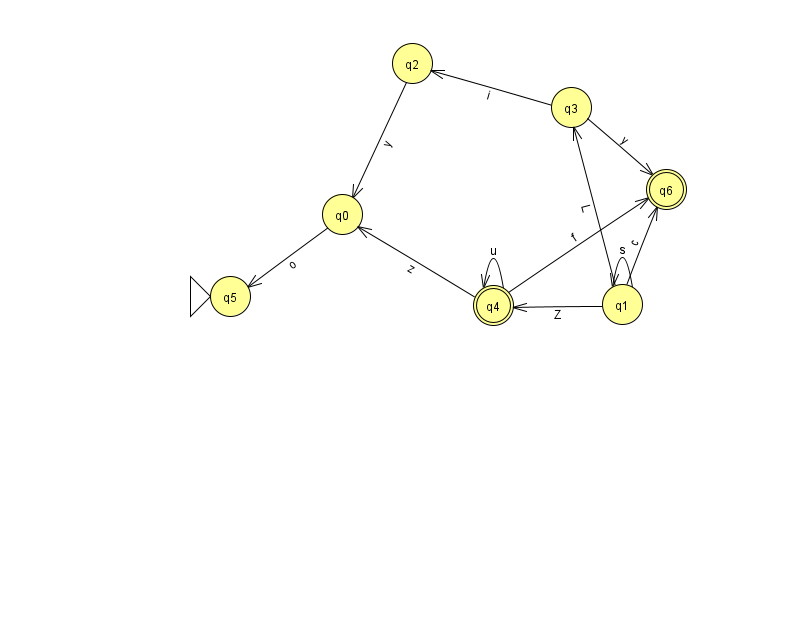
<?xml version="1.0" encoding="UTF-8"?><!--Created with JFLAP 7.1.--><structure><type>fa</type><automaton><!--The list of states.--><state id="0" name="q0"><x>342.0</x><y>201.0</y></state><state id="1" name="q1"><x>622.0</x><y>291.0</y></state><state id="2" name="q2"><x>412.0</x><y>50.0</y></state><state id="3" name="q3"><x>571.0</x><y>94.0</y></state><state id="4" name="q4"><x>493.0</x><y>292.0</y><final/></state><state id="5" name="q5"><x>230.0</x><y>283.0</y><initial/></state><state id="6" name="q6"><x>666.0</x><y>176.0</y><final/></state><!--The list of transitions.--><transition><from>1</from><to>6</to><read>c</read></transition><transition><from>3</from><to>6</to><read>y</read></transition><transition><from>1</from><to>1</to><read>s</read></transition><transition><from>1</from><to>4</to><read>Z</read></transition><transition><from>1</from><to>3</to><read>L</read></transition><transition><from>4</from><to>4</to><read>u</read></transition><transition><from>4</from><to>6</to><read>f</read></transition><transition><from>2</from><to>0</to><read>y</read></transition><transition><from>4</from><to>0</to><read>z</read></transition><transition><from>3</from><to>2</to><read>i</read></transition><transition><from>0</from><to>5</to><read>o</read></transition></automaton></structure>